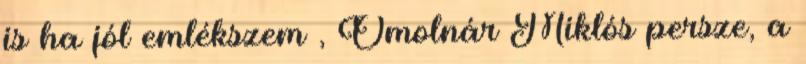
is ha jól emlékszem , Ómolnár Miklós persze, a